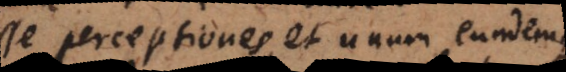
esse perceptiones, et unum eundemque